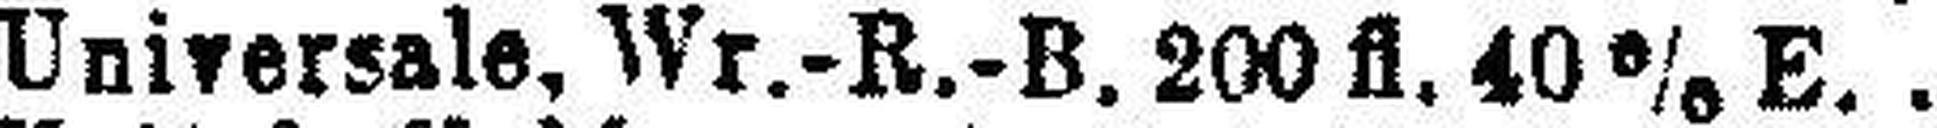
Universale, Wr.-R.-B. 200 fl. 40 % E.